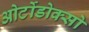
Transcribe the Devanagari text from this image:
ओर्टोडोक्सो